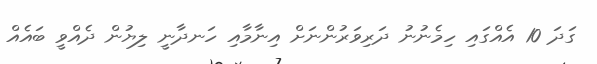
ގަދަ 10 އެއްގައި ހިމެނުނު ދަރިވަރުންނަށް އިނާމާއި ހަނދާނީ ލިޔުން ދެއްވީ ބައެއް